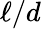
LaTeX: \ell/d